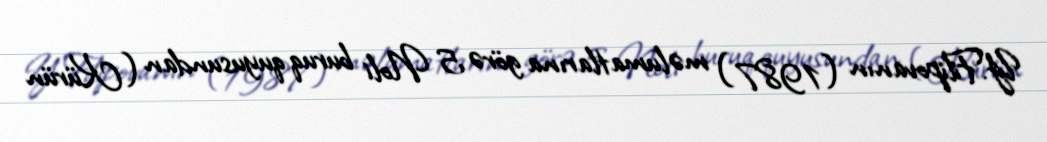
Y.Filipovanın (1987) məlumatlarına görə 5 №li buruq quyusundan (Kürün